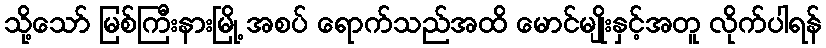
သို့သော် မြစ်ကြီးနားမြို့ အစပ် ရောက်သည်အထိ မောင်မျိုးနှင့်အတူ လိုက်ပါရန်